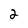
Character: 2